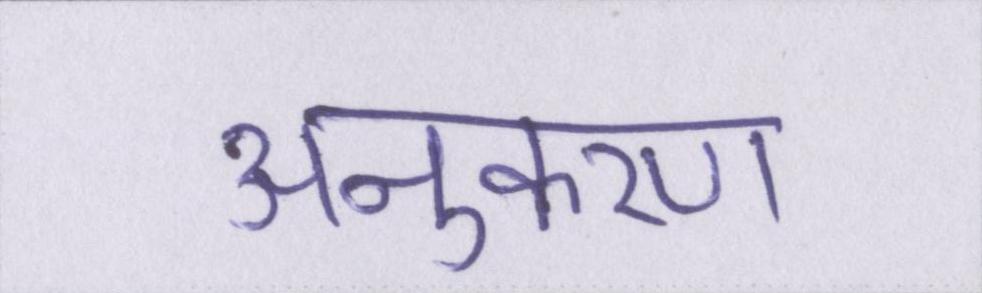
अनुकरण